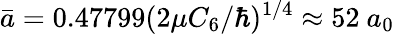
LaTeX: \bar{a}=0.47799(2\mu C_{6}/\hbar)^{1/4}\approx 52~a_{0}